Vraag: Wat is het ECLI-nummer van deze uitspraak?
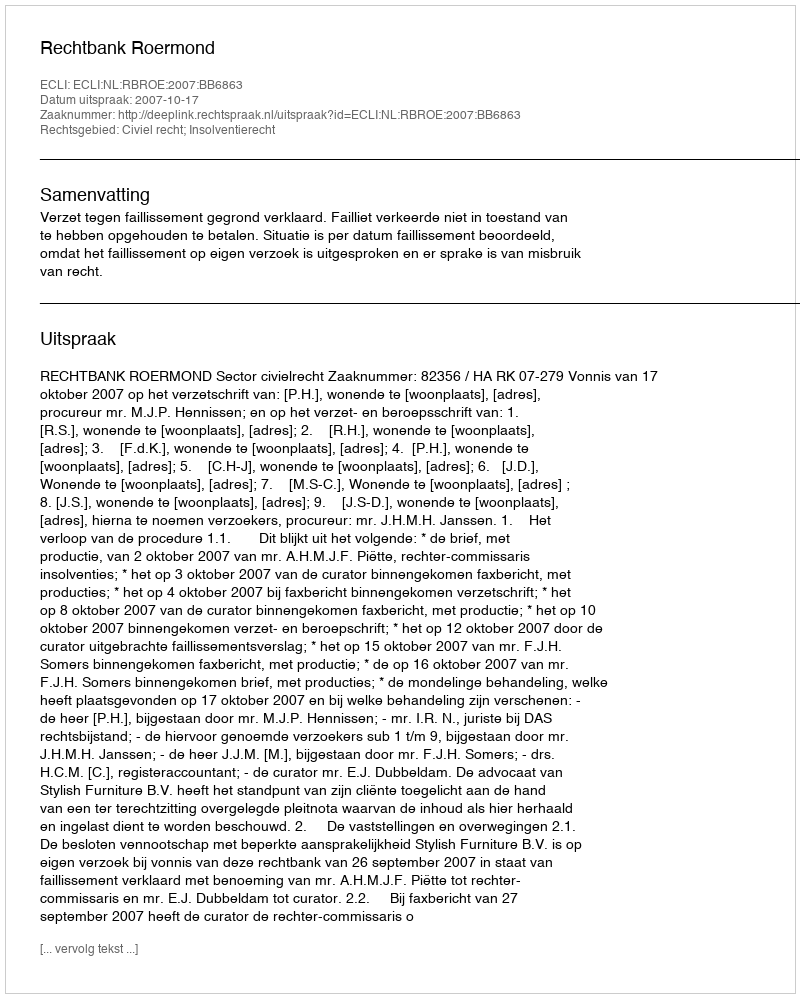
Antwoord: ECLI:NL:RBROE:2007:BB6863